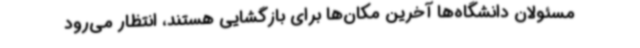
مسئولان دانشگاه‌ها آخرین مکان‌ها برای بازگشایی هستند، انتظار می‌رود